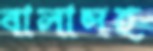
বালাসহ